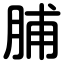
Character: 脯